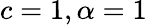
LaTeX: c=1,\alpha=1